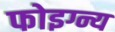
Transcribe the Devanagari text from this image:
फोइग्न्य